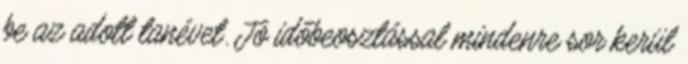
be az adott tanévet. Jó időbeosztással mindenre sor kerül